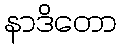
နာဒိတော